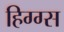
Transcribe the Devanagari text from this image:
हिग्ग्स